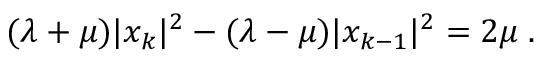
( \lambda + \mu ) | x _ { k } | ^ { 2 } - ( \lambda - \mu ) | x _ { k - 1 } | ^ { 2 } = 2 \mu \; .